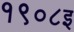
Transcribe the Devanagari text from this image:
१९०८इ